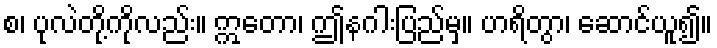
စ၊ ပုလဲတို့ကိုလည်း။ ဣတော၊ ဤနဂါးပြည်မှ။ ဟရိတွာ၊ ဆောင်ယူ၍။